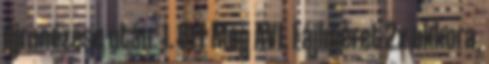
újranézése után: 1. Off Még AVI. Fájlméret 2x akkora,